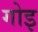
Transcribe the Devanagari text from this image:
गोइ